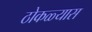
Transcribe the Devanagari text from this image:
ठोकळ्यास